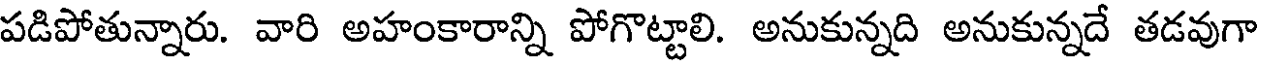
పడిపోతున్నారు. వారి అహంకారాన్ని పోగొట్టాలి. అనుకున్నది అనుకున్నదే తడవుగా